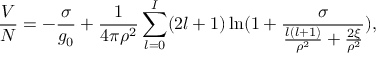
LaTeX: \frac { V } { N } = - \frac { \sigma } { g _ { 0 } } + \frac { 1 } { 4 \pi \rho ^ { 2 } } \sum _ { l = 0 } ^ { I } ( 2 l + 1 ) \ln ( 1 + \frac { \sigma } { \frac { l ( l + 1 ) } { \rho ^ { 2 } } + \frac { 2 \xi } { \rho ^ { 2 } } } ) ,